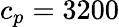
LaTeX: c_{p}=3200